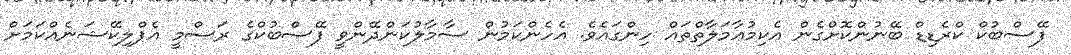
ފޭސްބުކް ކްރެޑިޑް ބޭނުންކޮށްގެން އެކިމުޢާމަލާތްތައް ހިންގައެވެ. އެހެންކަމުން ސާމާލުކަންދޭންވީ ފޭސްބުކްގެ ރަސްމީ އެޕްލިކޭޝަނެއްކަމަށް